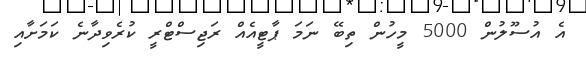
އެ އުސޫލުން 5000 މީހުން ތިބޭ ނަމަ ޕާޓީއެއް ރަޖިސްޓްރީ ކުރެވިދާނެ ކަމަށާއި